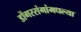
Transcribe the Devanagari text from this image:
डोंगररांगांमधल्या